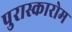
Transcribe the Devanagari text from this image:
पुरास्कारोम